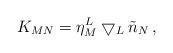
LaTeX: \begin{align*}K_{MN} = \eta^L _M \bigtriangledown _L \tilde n_N \, ,\end{align*}